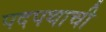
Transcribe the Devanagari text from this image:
पदपथाची